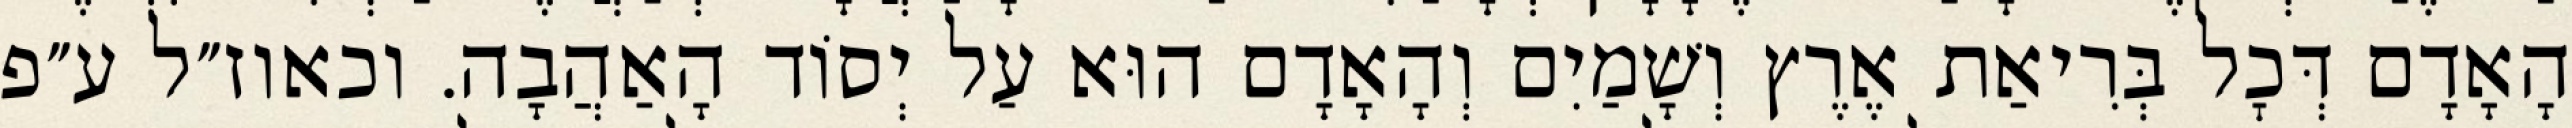
הָאָדָם דְּכׇל בְּרִיאַת אֶרֶץ וְשָׁמַיִם וְהָאָדָם הוּא עַל יְסוֹד הָאַהֲבָה. וכאוז״ל ע״פ